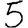
Digit: 5